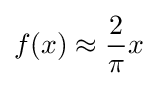
f(x)\approx {\frac {2}{\pi }}x